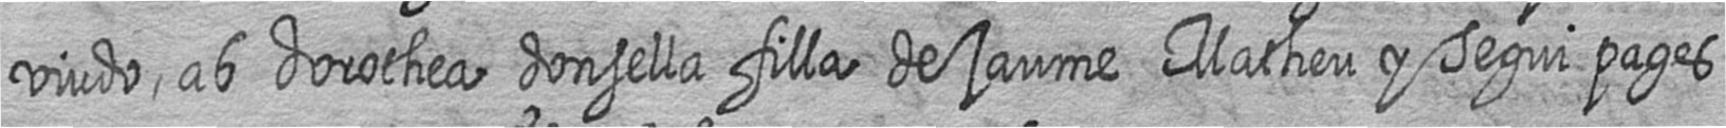
viudo ab dorothea donsella filla de jaume Matheu y Segui pages